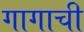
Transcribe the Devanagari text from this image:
गागाची